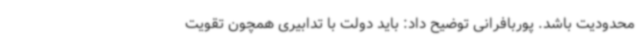
محدودیت باشد. پوربافرانی توضیح داد: باید دولت با تدابیری همچون تقویت